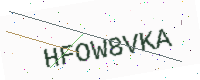
Text: HFOW8VKA